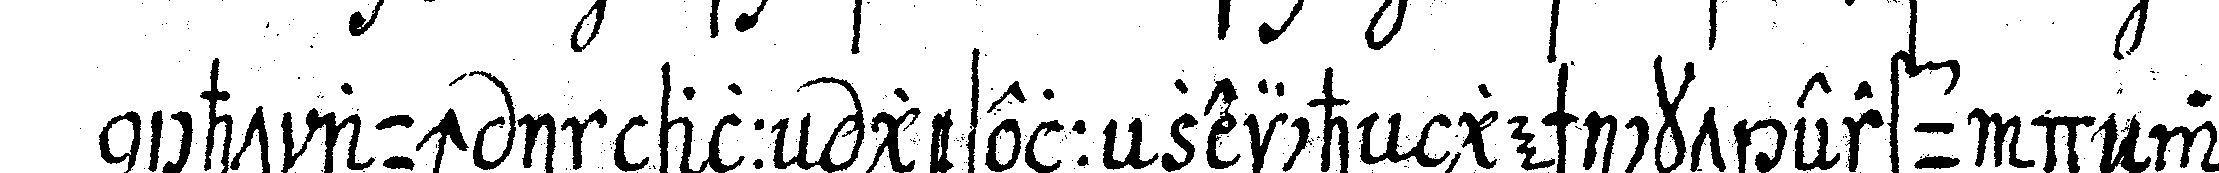
nicht auch in alleN geselleNzeicheN geschickt erfundeNwor